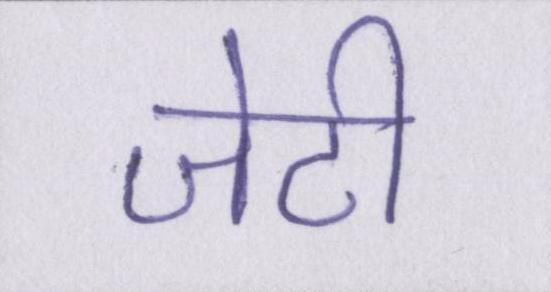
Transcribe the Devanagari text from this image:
जेटी